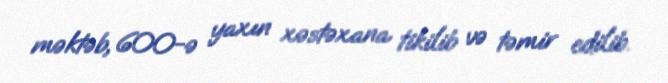
məktəb, 600-ə yaxın xəstəxana tikilib və təmir edilib.